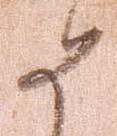
如